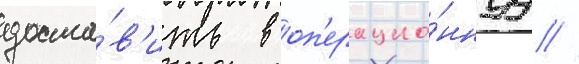
доста́в'ить в оп'ерацио́ннуу //